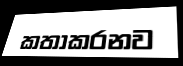
කතාකරනව